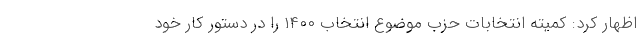
اظهار کرد: کمیته انتخابات حزب موضوع انتخاب ۱۴۰۰ را در دستور کار خود